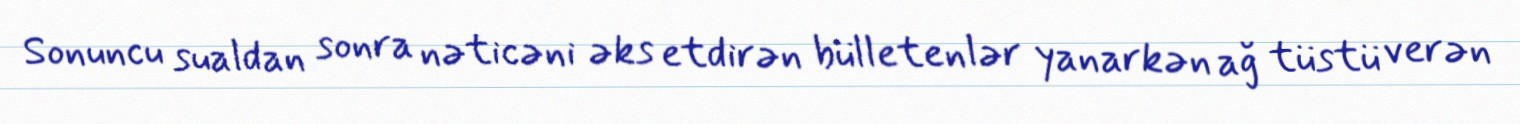
Sonuncu sualdan sonra nəticəni əks etdirən bülletenlər yanarkən ağ tüstü verən